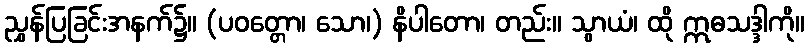
ညွှန်ပြခြင်းအနက်၌။ (ပဝတ္တော၊ သော၊) နိပါတော၊ တည်း။ သွာယံ၊ ထို ဣဓသဒ္ဒါကို။